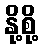
နို့စို့